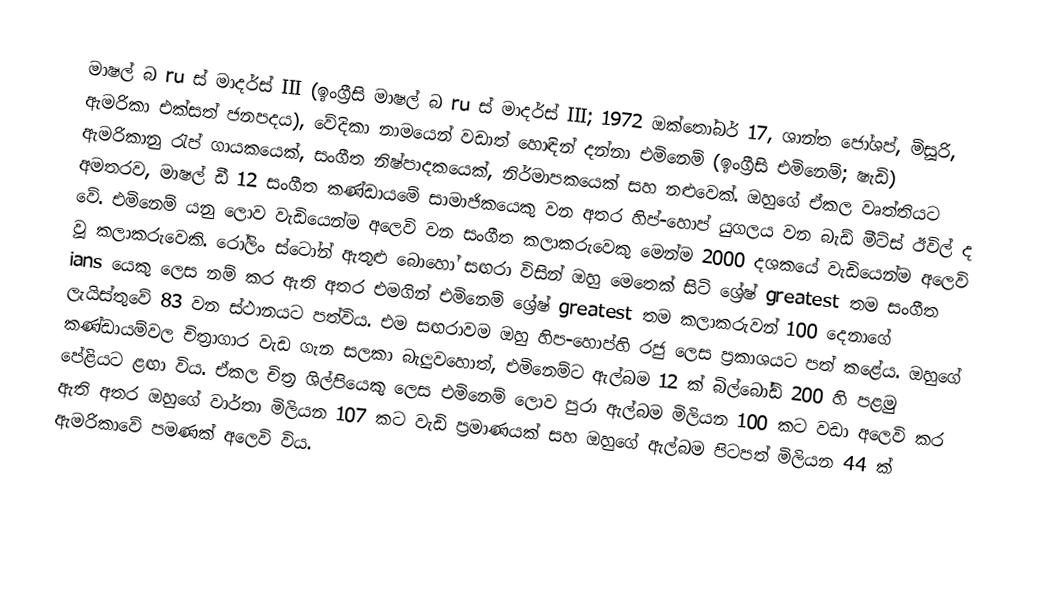
මාෂල් බ ru ස් මාදර්ස් III (ඉංග්‍රීසි මාෂල් බ ru ස් මාදර්ස් III; 1972 ඔක්තෝබර් 17, ශාන්ත ජෝශප්, මිසූරි, ඇමරිකා එක්සත් ජනපදය), වේදිකා නාමයෙන් වඩාත් හොඳින් දන්නා එමිනෙම් (ඉංග්‍රීසි එමිනෙම්; ෂැඩි) ඇමරිකානු රැප් ගායකයෙක්, සංගීත නිෂ්පාදකයෙක්, නිර්මාපකයෙක් සහ නළුවෙක්. ඔහුගේ ඒකල වෘත්තියට අමතරව, මාෂල් ඩී 12 සංගීත කණ්ඩායමේ සාමාජිකයෙකු වන අතර හිප්-හොප් යුගලය වන බැඩ් මීට්ස් ඊවිල් ද වේ. එමිනෙම් යනු ලොව වැඩියෙන්ම අලෙවි වන සංගීත කලාකරුවෙකු මෙන්ම 2000 දශකයේ වැඩියෙන්ම අලෙවි වූ කලාකරුවෙකි. රෝලිං ස්ටෝන් ඇතුළු බොහෝ සඟරා විසින් ඔහු මෙතෙක් සිටි ශ්‍රේෂ් greatest තම සංගීත ians යෙකු ලෙස නම් කර ඇති අතර එමගින් එමිනෙම් ශ්‍රේෂ් greatest තම කලාකරුවන් 100 දෙනාගේ ලැයිස්තුවේ 83 වන ස්ථානයට පත්විය. එම සඟරාවම ඔහු හිප-හොප්හි රජු ලෙස ප්‍රකාශයට පත් කළේය. ඔහුගේ කණ්ඩායම්වල චිත්‍රාගාර වැඩ ගැන සලකා බැලුවහොත්, එමිනෙම්ට ඇල්බම 12 ක් බිල්බෝඩ් 200 හි පළමු පේළියට ළඟා විය. ඒකල චිත්‍ර ශිල්පියෙකු ලෙස එමිනෙම් ලොව පුරා ඇල්බම මිලියන 100 කට වඩා අලෙවි කර ඇති අතර ඔහුගේ වාර්තා මිලියන 107 කට වැඩි ප්‍රමාණයක් සහ ඔහුගේ ඇල්බම පිටපත් මිලියන 44 ක් ඇමරිකාවේ පමණක් අලෙවි විය.